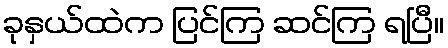
ခုနှယ်ထဲက ပြင်ကြ ဆင်ကြ ရပြီ။